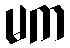
မက